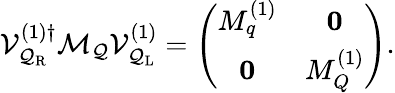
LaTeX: {\cal V}_{{\cal Q}_{\mathrm{R}}}^{(1)\dagger}{\cal M}_{\cal Q}{\cal V}_{{\cal Q}_{\mathrm{L}}}^{(1)}=\left(\begin{array}{cc}{{M_{q}^{(1)}}}&{{{\mathbf 0}}}\\ {{{\mathbf 0}}}&{{M_{Q}^{(1)}}}\end{array}\right).